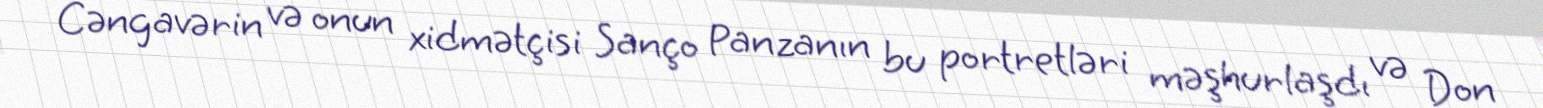
Cəngavərin və onun xidmətçisi Sanço Panzanın bu portretləri məşhurlaşdı və Don